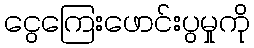
ငွေကြေးဖောင်းပွမှုကို